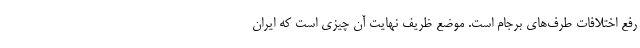
رفع اختلافات طرف‌های برجام است. موضع ظریف نهایتِ آن چیزی است که ایران